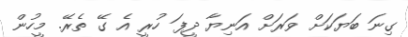
ގިނަ ބަޔަކަށް ވަރަށް އަނިޔާ ދީފަ ހުރީ އެ ގޭ ތެރޭ. މީހުން